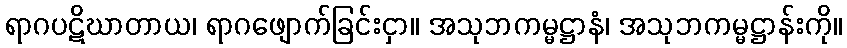
ရာဂပဋိဃာတာယ၊ ရာဂဖျောက်ခြင်းငှာ။ အသုဘကမ္မဋ္ဌာနံ၊ အသုဘကမ္မဋ္ဌာန်းကို။